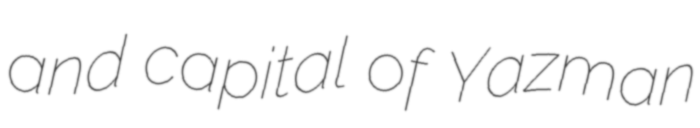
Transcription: and capital of Yazman